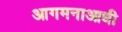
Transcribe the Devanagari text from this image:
आगमनाआधी